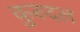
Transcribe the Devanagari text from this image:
कुरुदल